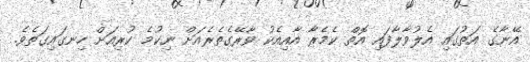
އޭނާގެ އަތުގައި އެލުވާލާފައި އޮތް ކެމެރާ އާއިއެކު ވާރޭގެތެރެއަށް ނިކުމެ ކުރިއަށް ހިނގައިގަތެވެ.